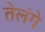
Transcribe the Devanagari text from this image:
तेलंगे